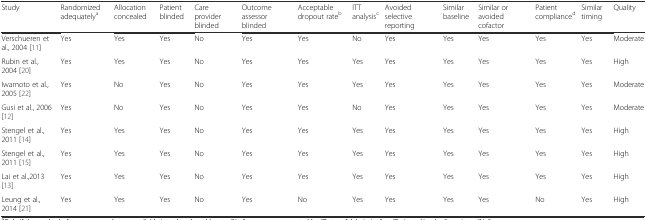
| Study | Randomized adequatelya | Allocation concealed | Patient blinded | Care provider blinded | Outcome assessor blinded | Acceptable dropout rateb | ITT analysisc | Avoided selective reporting | Similar baseline | Similar or avoided cofactor | Patient complianced | Similar timing | Quality |
 | --- | --- | --- | --- | --- | --- | --- | --- | --- | --- | --- | --- | --- | --- |
 | Verschueren et al., 2004 [11] | Yes | Yes | Yes | No | Yes | Yes | No | Yes | Yes | Yes | Yes | Yes | Moderate |
 | Rubin et al., 2004 [20] | Yes | Yes | Yes | No | Yes | Yes | Yes | Yes | Yes | Yes | Yes | Yes | High |
 | Iwamoto et al., 2005 [22] | Yes | No | Yes | No | Yes | Yes | Yes | Yes | Yes | Yes | Yes | Yes | Moderate |
 | Gusi et al., 2006 [12] | Yes | No | Yes | No | Yes | Yes | No | Yes | Yes | Yes | Yes | Yes | Moderate |
 | Stengel et al., 2011 [14] | Yes | Yes | Yes | No | Yes | Yes | Yes | Yes | Yes | Yes | Yes | Yes | High |
 | Stengel et al., 2011 [15] | Yes | Yes | Yes | No | Yes | Yes | Yes | Yes | Yes | Yes | Yes | Yes | High |
 | Lai et al.,2013 [13] | Yes | Yes | Yes | No | Yes | Yes | Yes | Yes | Yes | Yes | Yes | Yes | High |
 | Leung et al., 2014 [21] | Yes | Yes | Yes | No | Yes | No | Yes | Yes | Yes | Yes | No | Yes | High |